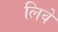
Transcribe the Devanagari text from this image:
लिवे